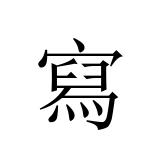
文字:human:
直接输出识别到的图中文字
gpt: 寫